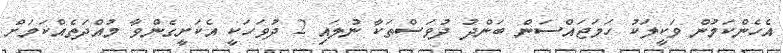
އެހެންކަމުން ވަކީލަކު ހަމަޖައްސަން ބަންދު ދުވަސްތަކާ ނުލައި 2 ދުވަހަކީ އެކަށީގެންވާ މުއްދަތެއްކަމަށް